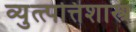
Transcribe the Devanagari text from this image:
व्युत्त्पत्तिशास्त्र